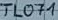
Text: TL071